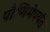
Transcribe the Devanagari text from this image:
पौणिमेपर्यंत